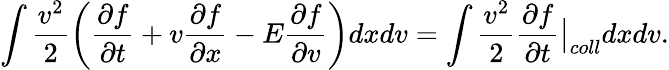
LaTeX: \int\frac{v^{2}}{2}\left(\frac{\partial f}{\partial t}+v\frac{\partial f}{\partial x}-E\frac{\partial f}{\partial v}\right)dxdv=\int\frac{v^{2}}{2}\frac{\partial f}{\partial t}\bigr\rvert_{coll}dxdv.